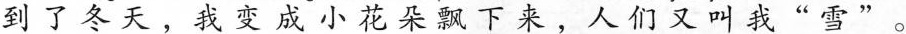
到了冬天，我变成小花朵飘下来，人们又叫我“雪” 。